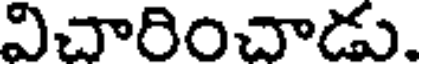
విచారించాడు.